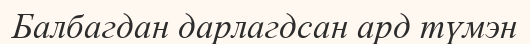
Балбагдан дарлагдсан ард түмэн